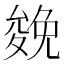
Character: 𠬍